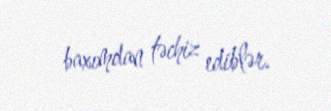
baxımdan təchiz ediblər.